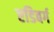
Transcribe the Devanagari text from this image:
एडिबर्ग